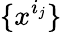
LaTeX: \{ x^{i_{j}}\}